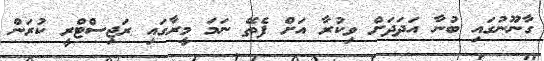
ގާނޫނުގައި ބުނާ އަދަދަށް ވިކުރާ އަށް ފެތޭ ނަމަ މީރާގައި ރަޖިސްޓްރީ ކުރަން